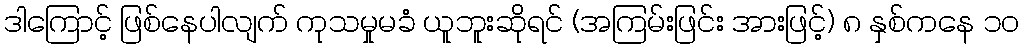
ဒါကြောင့် ဖြစ်နေပါလျက် ကုသမှုမခံ ယူဘူးဆိုရင် (အကြမ်းဖြင်း အားဖြင့်) ၈ နှစ်ကနေ ၁၀